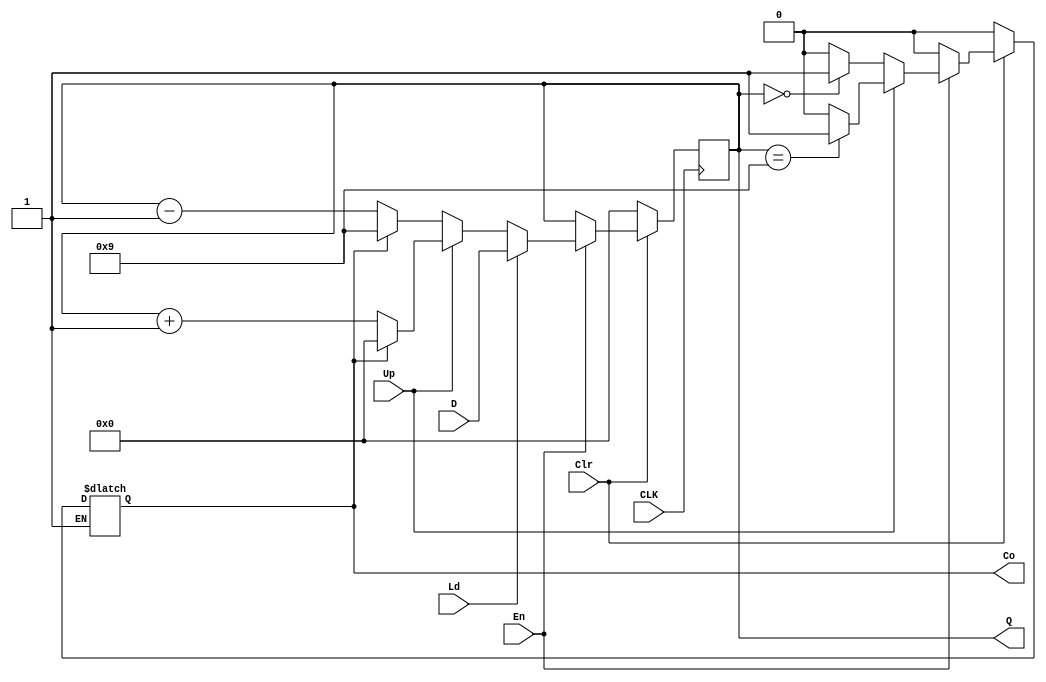
module BCD (D,CLK,Clr,En,Ld,Up,Q,Co);

input [3:0] D;
input CLK;
input Clr,En,Ld,Up;
output reg [3:0] Q;
output reg Co;

initial 
begin 
Co<=0;
end

always @(posedge CLK)
begin
if(~Clr)
begin
Q <= 4'b0000;
end
else if(En)
begin
	if(Ld)
	begin
	Q <= D;
	end
	else
	begin 
		if(Up)
		begin
			if(Co)
			begin
			Q<=4'b0000;
			end
			else
			Q<=Q+1;
		end
		else 
		begin 
			if(Co)
			begin
			Q<=4'b1001;
			end
			else
			Q<=Q-1;
		end
	end
end
end


always @(*)
begin 
if(~Clr)
begin
Co<=0;
end
	else if(~En)
	begin
	Co<=0;
	end
	else if(En)
	begin
	case(Up)
		1 : begin 
		if(Q == 4'b1001)
		begin
		Co <= 1;
		end
		else
		begin 
		Co <= 0;
		end
		    end 
		0 : begin 
		if(Q==4'b0000)
		begin
		Co <=1;
		end
		else
		begin
		Co <= 0;
		end
		    end
	endcase
	end
end
endmodule